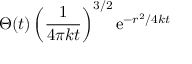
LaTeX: \Theta ( t ) \left( { \frac { 1 } { 4 \pi k t } } \right) ^ { 3 / 2 } \mathrm { e } ^ { - r ^ { 2 } / 4 k t }